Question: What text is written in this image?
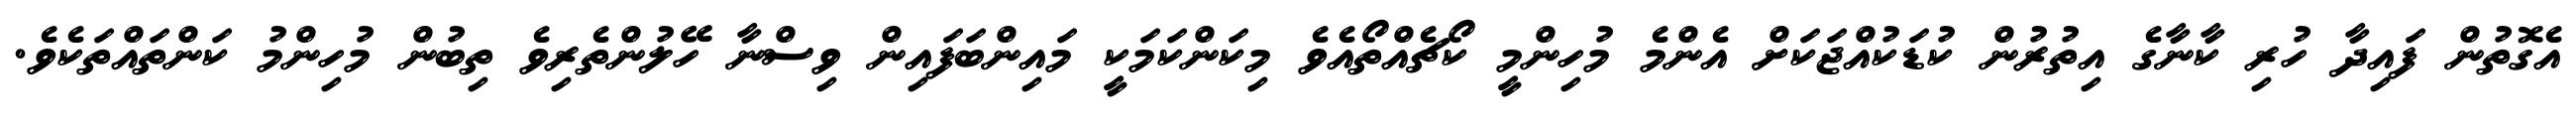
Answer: އެގޮތުން ފައިދާ ހުރި ކާނާގެ އިތުރުން ކުޑަކުއްޖަކަށް އެންމެ މުހިންމީ ކޯޗެއްތޯއެވެ މިކަންކަމަކީ މައިންބަފައިން ވިސްނާ ހޭލުންތެރިވެ ތިބުން މުހިންމު ކަންތައްތަކެވެ.